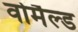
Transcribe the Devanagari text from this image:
वोर्मैल्ड